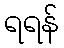
ရရန်